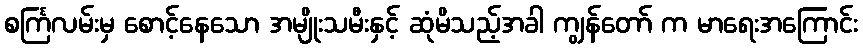
စင်္ကြလမ်းမှ စောင့်နေသော အမျိုးသမီးနှင့် ဆုံမိသည့်အခါ ကျွန်တော် က မာရေးအကြောင်း